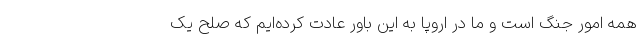
همه امور جنگ است و ما در اروپا به این باور عادت کرده‌ایم که صلح یک